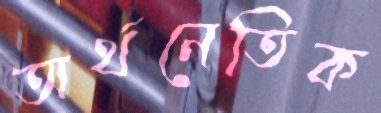
অর্থনেতিক